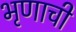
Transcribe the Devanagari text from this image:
भृणाची